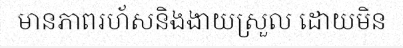
មានភាពរហ័សនិងងាយស្រួល ដោយមិន